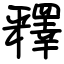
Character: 釋